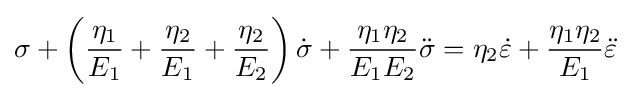
\sigma +\left({\frac {\eta _{1}}{E_{1}}}+{\frac {\eta _{2}}{E_{1}}}+{\frac {\eta _{2}}{E_{2}}}\right){\dot {\sigma }}+{\frac {\eta _{1}\eta _{2}}{E_{1}E_{2}}}{\ddot {\sigma }}=\eta _{2}{\dot {\varepsilon }}+{\frac {\eta _{1}\eta _{2}}{E_{1}}}{\ddot {\varepsilon }}